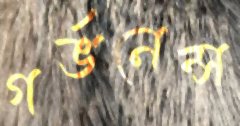
গর্ভনেন্স